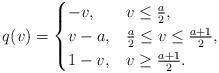
LaTeX: \begin{align*}q(v) = \begin{cases}-v, & v \le \frac{a}{2}, \\v-a, & \frac{a}{2} \le v \le \frac{a+1}{2}, \\1-v, & v \ge \frac{a+1}{2}.\end{cases}\end{align*}